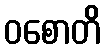
ဝစောတိ